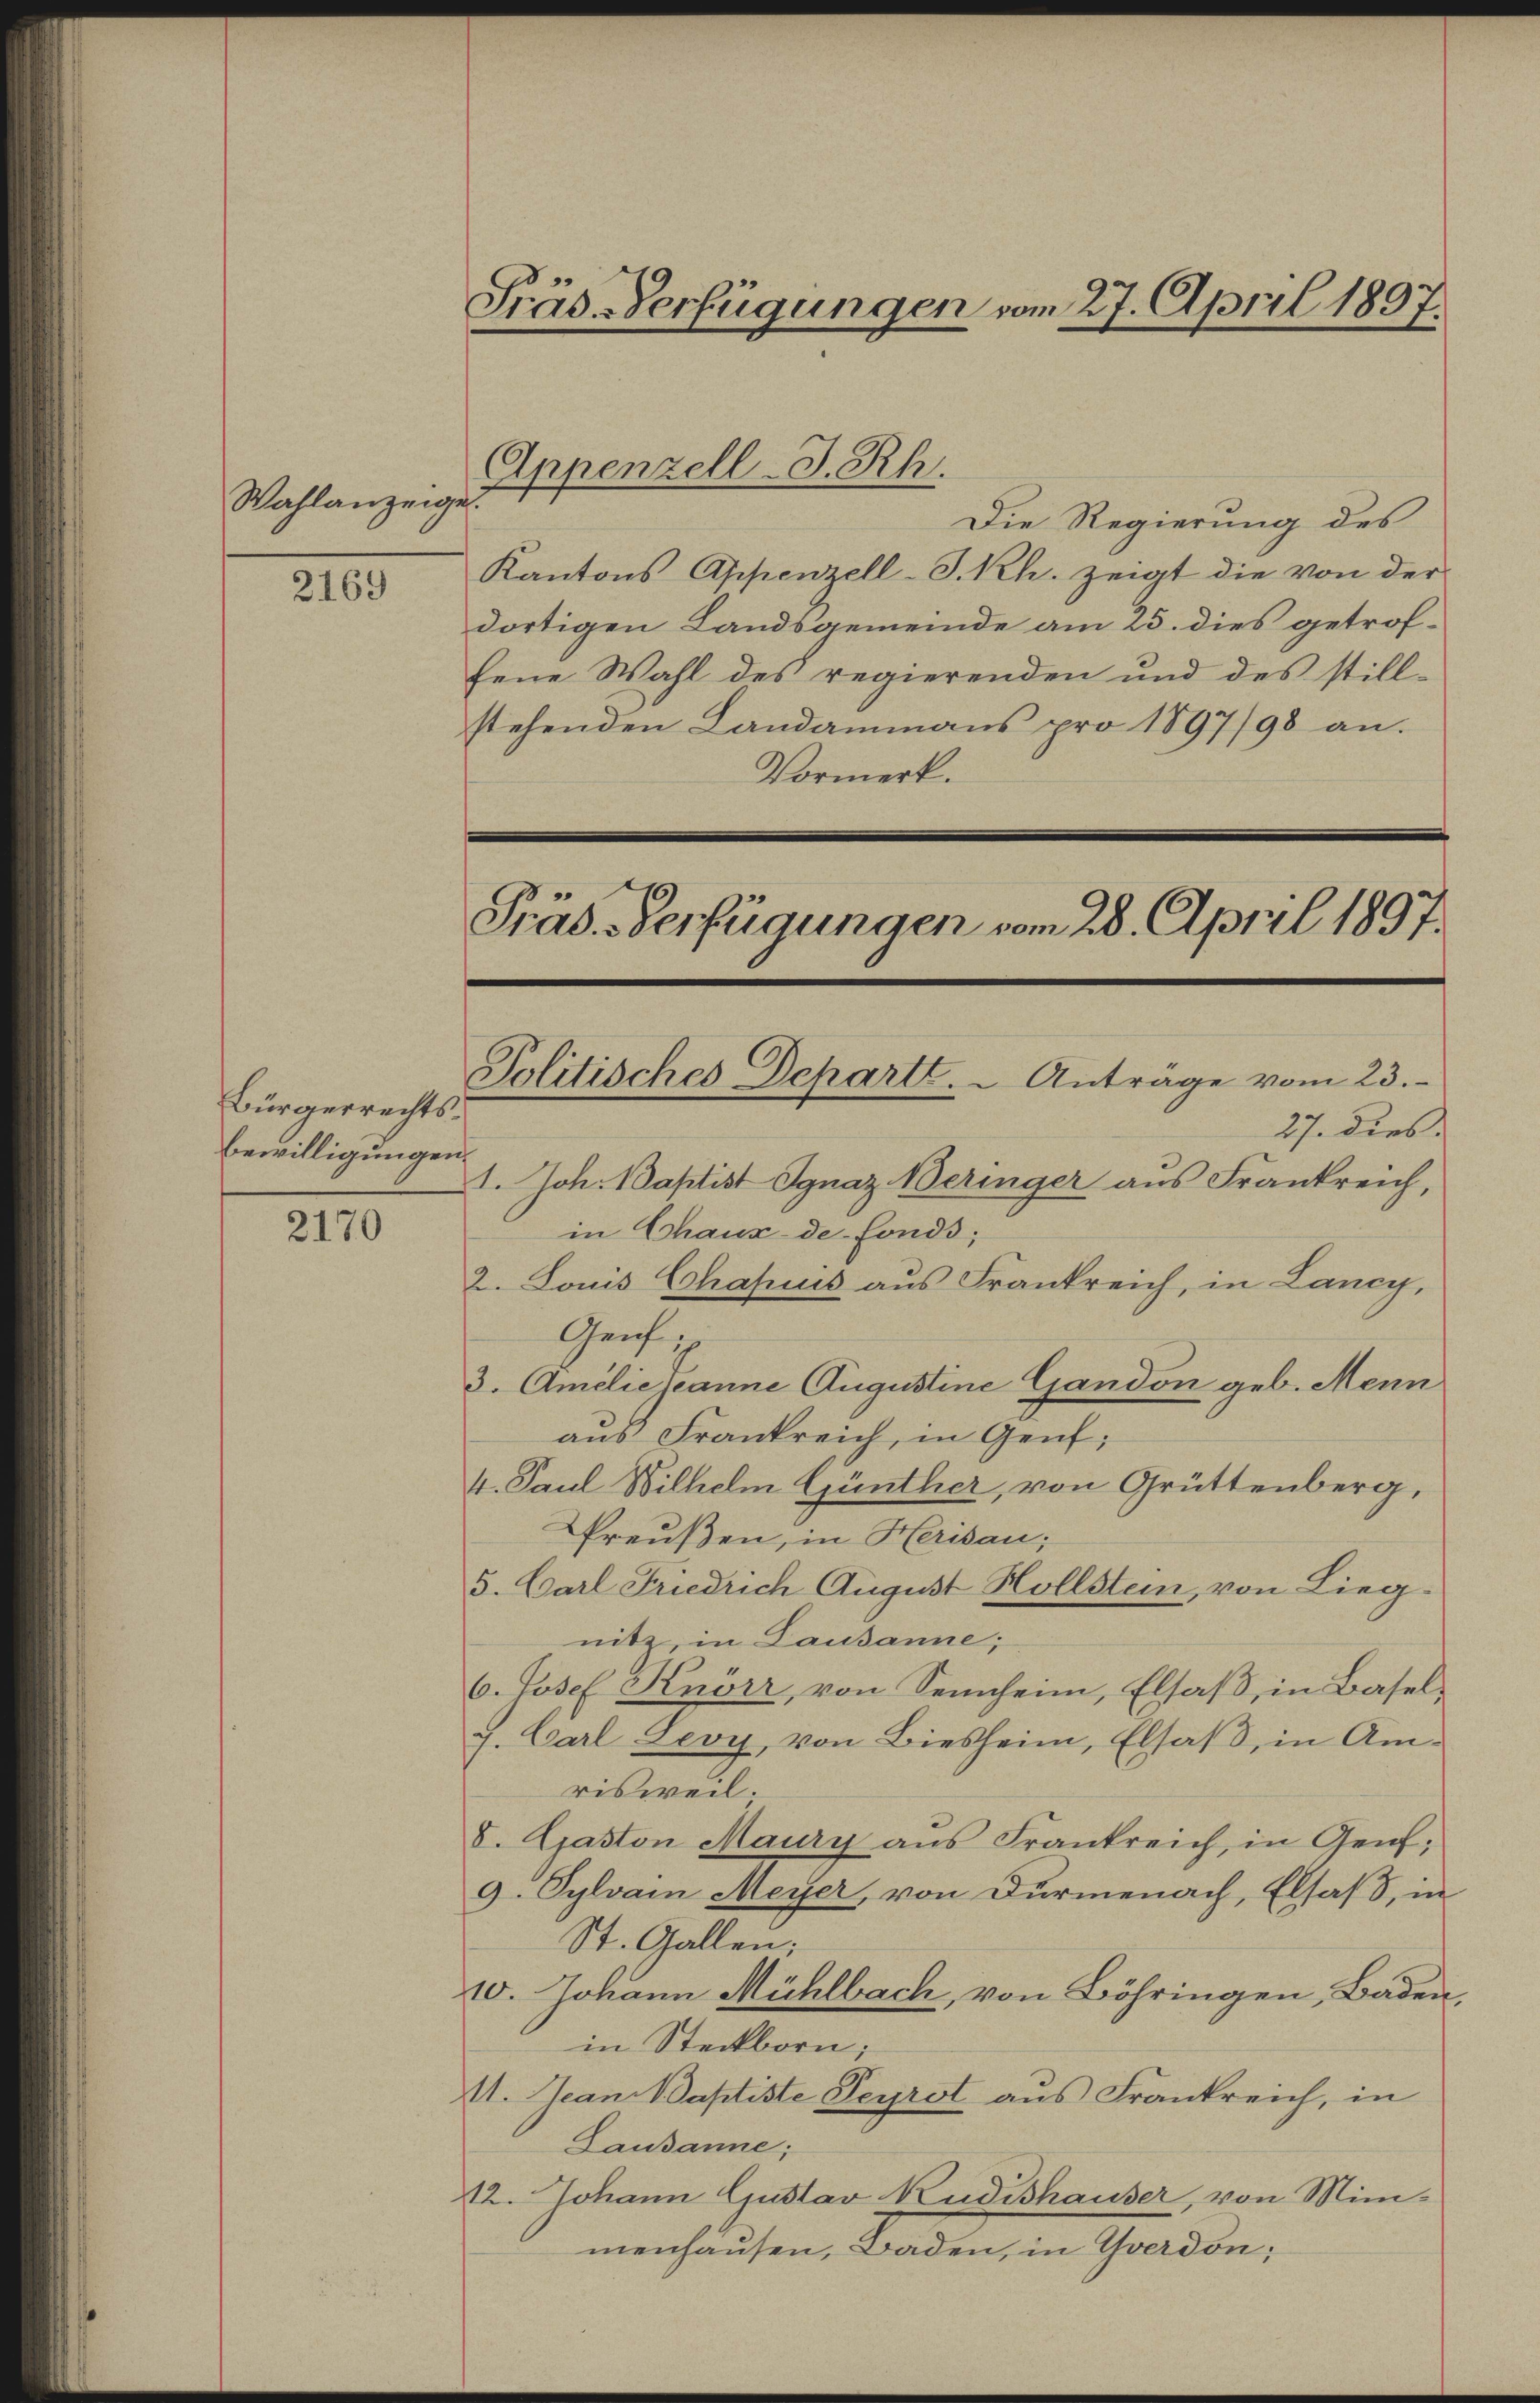
Wahlanzeige.

2169

Bürgerrechts¬
Bewilligungen.
2170

Präs. Verfügungen vom 27. April 1807.

Die Regierung des
Kantons Appenzell-S. Rh. zeigt die von der
dortigen Landsgemeinde am 25. dies getroffene Wahl des regierenden und des still-
stehenden Landammanns pro 1897/98 an.
Vormerk.
Präs. Verfügungen vom 28. April 1897.

Appenzell-J. Rh.

Politisches Departe. - Anträge vom 23.

in Chaux de fonds;
Genf
3. Amilie Tanne Augustine Gandon geb. Mein
aus Frankreich, in Genf;
4. Paul Wilhelm Günther, von Grüttenberg,
Preußen, in Herisau;
5. Carl Friedrich August Hollstein, von Lieg.
nitz, in Lausanne;
6. Josef Knörr, von Sennheim, Elsaß, in Basel¬
7. Carl Levy, von Biesheim, Elsaß, in Amrisweil.
8. Gaston Maurn ans Frankreich, in Genf;
9. Sylvain Meyer, von Dürmenach, Elsaß, in
St. Gallen;
10. Johann Mühlbach, von Böhringen, Baden,
in Steckborn;
1. Jean Baptiste Seyrst aus Frankreich, in
Lausanne;
12. Johann Gustav Kudishauser, von Mini-
menhausen, Baden, in Graden,

27. dies
1. Joh. Baptist Ignaz Beringer aus Frankreich,
2. Louis Chahnis aus Frankreich, in Lancy,